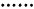
\cdots \cdots